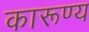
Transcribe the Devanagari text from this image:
कारूण्य